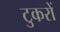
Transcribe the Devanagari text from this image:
टुकरों